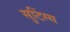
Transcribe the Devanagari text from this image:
सुटिंग्स